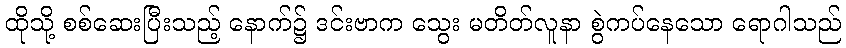
ထိုသို့ စစ်ဆေးပြီးသည့် နောက်၌ ဒင်းဗာက သွေး မတိတ်လူနာ စွဲကပ်နေသော ရောဂါသည်